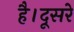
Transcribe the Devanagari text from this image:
है।दूसरे